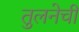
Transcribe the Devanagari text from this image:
तुलनेची